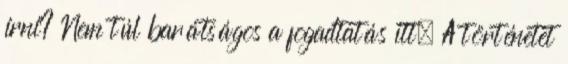
írni? Nem túl barátságos a fogadtatás itt. A történetet